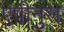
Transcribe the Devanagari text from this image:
एपीनुस